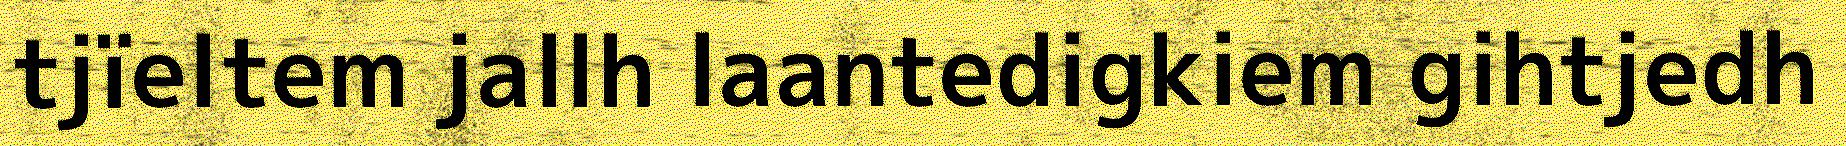
tjïeltem jallh laantedigkiem gihtjedh